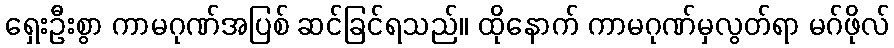
ရှေးဦးစွာ ကာမဂုဏ်အပြစ် ဆင်ခြင်ရသည်။ ထိုနောက် ကာမဂုဏ်မှလွတ်ရာ မဂ်ဖိုလ်